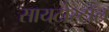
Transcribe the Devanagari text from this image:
सायटोस्टॉल